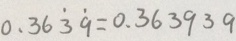
0 . 3 6 \dot { 3 } \dot { 9 } = 0 . 3 6 3 9 3 9